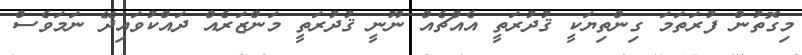
މިގޮތުން ފުރަތަމަ ގިންތިޔަކީ ޤުދުރަތީ އެއްޗެއް ނޫނީ ޤުދުރަތީ މަންޒަރެއް ދައްކުވައިދޭ ނަމަވެސް